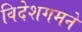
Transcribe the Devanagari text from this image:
विदेशगमने